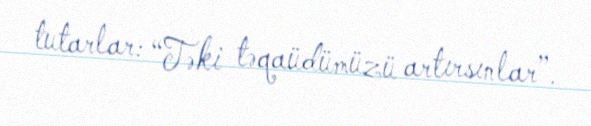
tutarlar: “Təki təqaüdümüzü artırsınlar”.